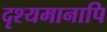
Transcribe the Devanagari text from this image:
दृश्यमानापि